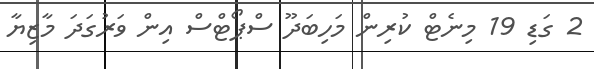
2 ގަޑި 19 މިނެޓް ކުރިން މަހިބަދޫ ސްޕޯޓްސް އިން ވަރުގަދަ މާޒިޔާ